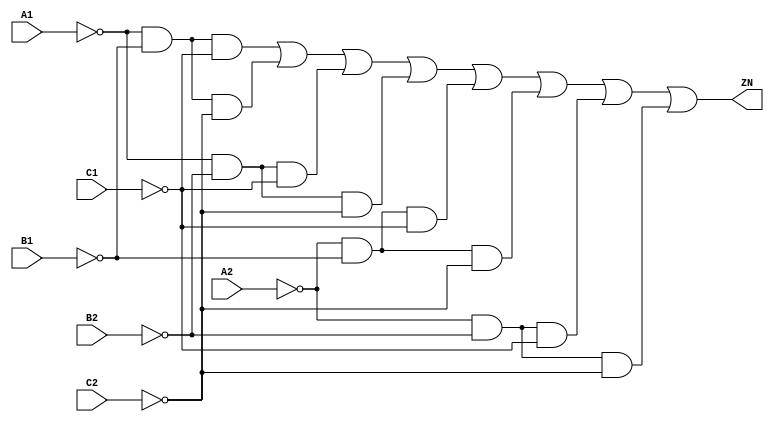
// Copyright 2022 GlobalFoundries PDK Authors
//
// Licensed under the Apache License, Version 2.0 (the "License");
// you may not use this file except in compliance with the License.
// You may obtain a copy of the License at
//
//      http://www.apache.org/licenses/LICENSE-2.0
//
// Unless required by applicable law or agreed to in writing, software
// distributed under the License is distributed on an "AS IS" BASIS,
// WITHOUT WARRANTIES OR CONDITIONS OF ANY KIND, either express or implied.
// See the License for the specific language governing permissions and
// limitations under the License.

module gf180mcu_fd_sc_mcu9t5v0__aoi222_1( C2, C1, B1, ZN, B2, A2, A1 );
input A1, A2, B1, B2, C1, C2;
output ZN;

	wire A1_inv_for_gf180mcu_fd_sc_mcu9t5v0__aoi222_1;

	not MGM_BG_0( A1_inv_for_gf180mcu_fd_sc_mcu9t5v0__aoi222_1, A1 );

	wire B1_inv_for_gf180mcu_fd_sc_mcu9t5v0__aoi222_1;

	not MGM_BG_1( B1_inv_for_gf180mcu_fd_sc_mcu9t5v0__aoi222_1, B1 );

	wire C1_inv_for_gf180mcu_fd_sc_mcu9t5v0__aoi222_1;

	not MGM_BG_2( C1_inv_for_gf180mcu_fd_sc_mcu9t5v0__aoi222_1, C1 );

	wire ZN_row1;

	and MGM_BG_3( ZN_row1, A1_inv_for_gf180mcu_fd_sc_mcu9t5v0__aoi222_1, B1_inv_for_gf180mcu_fd_sc_mcu9t5v0__aoi222_1, C1_inv_for_gf180mcu_fd_sc_mcu9t5v0__aoi222_1 );

	wire C2_inv_for_gf180mcu_fd_sc_mcu9t5v0__aoi222_1;

	not MGM_BG_4( C2_inv_for_gf180mcu_fd_sc_mcu9t5v0__aoi222_1, C2 );

	wire ZN_row2;

	and MGM_BG_5( ZN_row2, A1_inv_for_gf180mcu_fd_sc_mcu9t5v0__aoi222_1, B1_inv_for_gf180mcu_fd_sc_mcu9t5v0__aoi222_1, C2_inv_for_gf180mcu_fd_sc_mcu9t5v0__aoi222_1 );

	wire B2_inv_for_gf180mcu_fd_sc_mcu9t5v0__aoi222_1;

	not MGM_BG_6( B2_inv_for_gf180mcu_fd_sc_mcu9t5v0__aoi222_1, B2 );

	wire ZN_row3;

	and MGM_BG_7( ZN_row3, A1_inv_for_gf180mcu_fd_sc_mcu9t5v0__aoi222_1, B2_inv_for_gf180mcu_fd_sc_mcu9t5v0__aoi222_1, C1_inv_for_gf180mcu_fd_sc_mcu9t5v0__aoi222_1 );

	wire ZN_row4;

	and MGM_BG_8( ZN_row4, A1_inv_for_gf180mcu_fd_sc_mcu9t5v0__aoi222_1, B2_inv_for_gf180mcu_fd_sc_mcu9t5v0__aoi222_1, C2_inv_for_gf180mcu_fd_sc_mcu9t5v0__aoi222_1 );

	wire A2_inv_for_gf180mcu_fd_sc_mcu9t5v0__aoi222_1;

	not MGM_BG_9( A2_inv_for_gf180mcu_fd_sc_mcu9t5v0__aoi222_1, A2 );

	wire ZN_row5;

	and MGM_BG_10( ZN_row5, A2_inv_for_gf180mcu_fd_sc_mcu9t5v0__aoi222_1, B1_inv_for_gf180mcu_fd_sc_mcu9t5v0__aoi222_1, C1_inv_for_gf180mcu_fd_sc_mcu9t5v0__aoi222_1 );

	wire ZN_row6;

	and MGM_BG_11( ZN_row6, A2_inv_for_gf180mcu_fd_sc_mcu9t5v0__aoi222_1, B1_inv_for_gf180mcu_fd_sc_mcu9t5v0__aoi222_1, C2_inv_for_gf180mcu_fd_sc_mcu9t5v0__aoi222_1 );

	wire ZN_row7;

	and MGM_BG_12( ZN_row7, A2_inv_for_gf180mcu_fd_sc_mcu9t5v0__aoi222_1, B2_inv_for_gf180mcu_fd_sc_mcu9t5v0__aoi222_1, C1_inv_for_gf180mcu_fd_sc_mcu9t5v0__aoi222_1 );

	wire ZN_row8;

	and MGM_BG_13( ZN_row8, A2_inv_for_gf180mcu_fd_sc_mcu9t5v0__aoi222_1, B2_inv_for_gf180mcu_fd_sc_mcu9t5v0__aoi222_1, C2_inv_for_gf180mcu_fd_sc_mcu9t5v0__aoi222_1 );

	or MGM_BG_14( ZN, ZN_row1, ZN_row2, ZN_row3, ZN_row4, ZN_row5, ZN_row6, ZN_row7, ZN_row8 );

endmodule